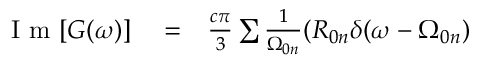
\begin{array} { r l r } { \mathrm { ~ I ~ m ~ } [ G ( \omega ) ] } & { { } = } & { \frac { c \pi } { 3 } \sum \frac { 1 } { \Omega _ { 0 n } } ( R _ { 0 n } \delta ( \omega - \Omega _ { 0 n } ) } \end{array}